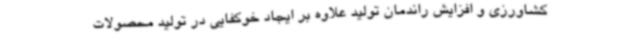
کشاورزی و افزایش راندمان تولید علاوه بر ایجاد خوکفایی در تولید محصولات